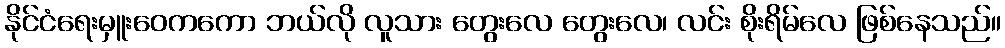
နိုင်ငံရေးမှူးဝေကကော ဘယ်လို လူသား တွေးလေ တွေးလေ၊ လင်း စိုးရိမ်လေ ဖြစ်နေသည်။